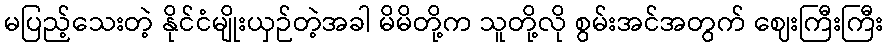
မပြည့်သေးတဲ့ နိုင်ငံမျိုးယှဉ်တဲ့အခါ မိမိတို့က သူတို့လို စွမ်းအင်အတွက် ဈေးကြီးကြီး